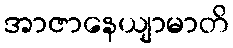
အာဇာနေယျာမာတိ